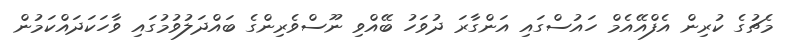
މެޗުގެ ކުރިން އެފްއޭއެމް ހައުސްގައި އަންގާރަ ދުވަހު ބޭއްވި ނޫސްވެރިންގެ ބައްދަލުވުމުގައި ވާހަކަދައްކަމުން